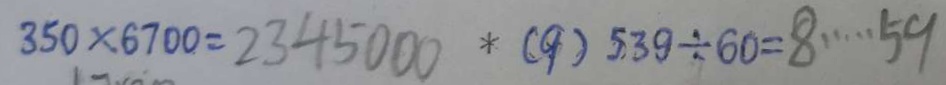
3 5 0 \times 6 7 0 0 = 2 3 4 5 0 0 0 \ast ( 9 ) 5 3 9 \div 6 0 = 8 \cdots 5 9